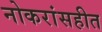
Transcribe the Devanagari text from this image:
नोकरांसहीत